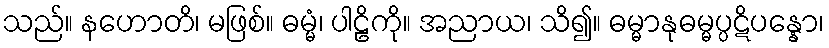
သည်။ နဟောတိ၊ မဖြစ်။ ဓမ္မံ၊ ပါဠိကို။ အညာယ၊ သိ၍။ ဓမ္မာနုဓမ္မပ္ပဋိပန္နော၊